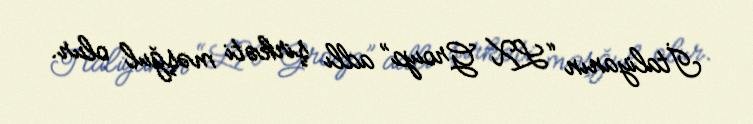
İtaliyanın “LX Group” adlı şirkəti məşğul olur.